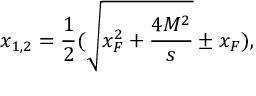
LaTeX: x _ { 1 , 2 } = \frac { 1 } { 2 } ( \sqrt { x _ { F } ^ { 2 } + \frac { 4 M ^ { 2 } } { s } } \pm x _ { F } ) ,